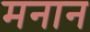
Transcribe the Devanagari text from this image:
मनान